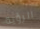
الرؤية